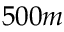
5 0 0 m